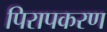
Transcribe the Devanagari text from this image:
पिरापकरण